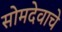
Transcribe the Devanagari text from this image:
सोमदेवाचे